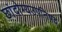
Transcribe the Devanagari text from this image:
छांदोग्यउपनिषद्